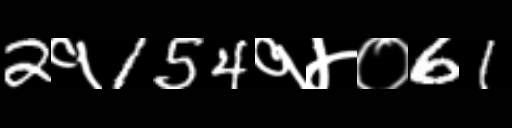
Text: 2१154१४०61